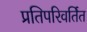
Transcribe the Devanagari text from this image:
प्रतिपरिवर्तित